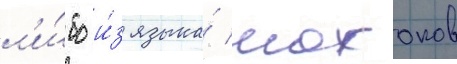
л'и́бо и́з языка́ мохоков